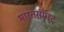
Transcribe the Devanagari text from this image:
भारतसम्राट्